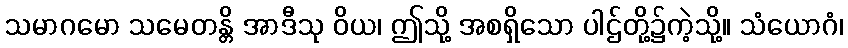
သမာဂမော သမေတန္တိ အာဒီသု ဝိယ၊ ဤသို့ အစရှိသော ပါဌ်တို့၌ကဲ့သို့။ သံယောဂံ၊